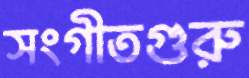
সংগীতগুরু